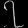
Digit: ၇